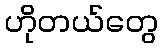
ဟိုတယ်တွေ